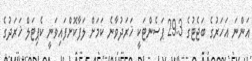
އަންނަ އަހަރުގެ ބަޖެޓުގެ 29.3 ޕަސެންޓަކީ ޚަރަދުވާނެ ކަމަށް ލަފާކޮށްފައިވަނީ ކެޕިޓަލް ޚަރަދުގެ